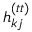
h _ { k j } ^ { ( t t ) }